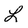
Character: L